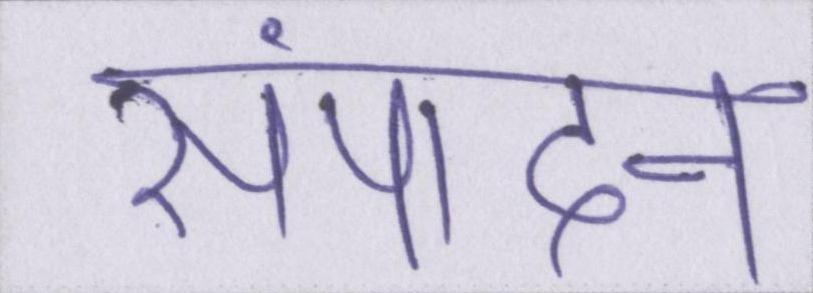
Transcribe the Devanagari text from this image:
संपादन